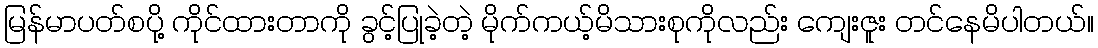
မြန်မာပတ်စပို့ ကိုင်ထားတာကို ခွင့်ပြုခဲ့တဲ့ မိုက်ကယ့်မိသားစုကိုလည်း ကျေးဇူး တင်နေမိပါတယ်။